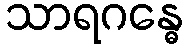
သာရဂန္ဓေ